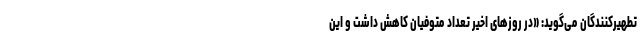
تطهیرکنندگان می‌گوید: «در روزهای اخیر تعداد متوفیان کاهش داشت و این